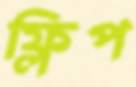
ফ্লিপ